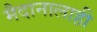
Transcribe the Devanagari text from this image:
मैदानालाही